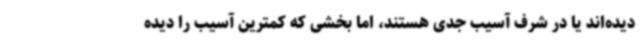
دیده‌اند یا در شرف آسیب جدی هستند، اما بخشی که کمترین آسیب را دیده